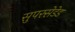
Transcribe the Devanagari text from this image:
सुपरसेडेड